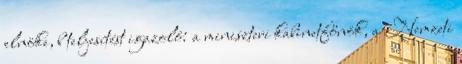
elnöke, b teljesítést igazoló: a miniszteri kabinetfőnök, a Nemzeti